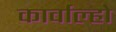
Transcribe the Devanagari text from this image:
कार्वाल्हो